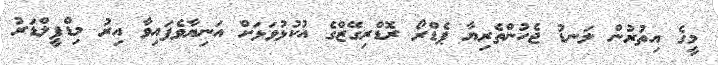
މީގެ އިތުރުން ލަނޑު ޖެހުންތެރިޔާ ޕެޑްރޯ ރޮޑްރިގޭޒްގެ އުކުޅުވަޅަށް އަނިޔާވެފައިވާ އިރު މިޑްފީލްޑަރު